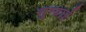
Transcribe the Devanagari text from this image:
सुम्ब्राई